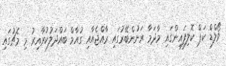
ވޯލްޑް ކަޕް ކޮލިފައިންގައި މާދަމާ ރަށުންބޭރުގައި ރާއްޖެއާއި ގުއާމް ބައްދަލުކުރާއިރު މި މެޗުގައި